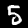
Digit: 5